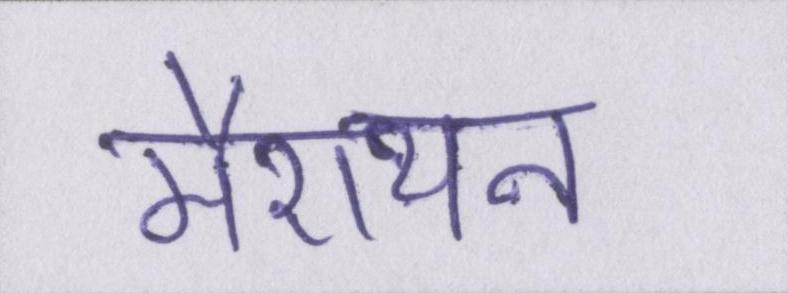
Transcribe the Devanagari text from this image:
मैराथन